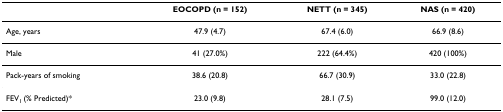
<table><thead><tr><td></td><td><b>EOCOPD (n = 152)</b></td><td><b>NETT (n = 345)</b></td><td><b>NAS (n = 420)</b></td></tr></thead><tbody><tr><td>Age, years</td><td>47.9 (4.7)</td><td>67.4 (6.0)</td><td>66.9 (8.6)</td></tr><tr><td>Male</td><td>41 (27.0%)</td><td>222 (64.4%)</td><td>420 (100%)</td></tr><tr><td>Pack-years of smoking</td><td>38.6 (20.8)</td><td>66.7 (30.9)</td><td>33.0 (22.8)</td></tr><tr><td>FEV<sub>1 </sub>(% Predicted)*</td><td>23.0 (9.8)</td><td>28.1 (7.5)</td><td>99.0 (12.0)</td></tr></tbody></table>